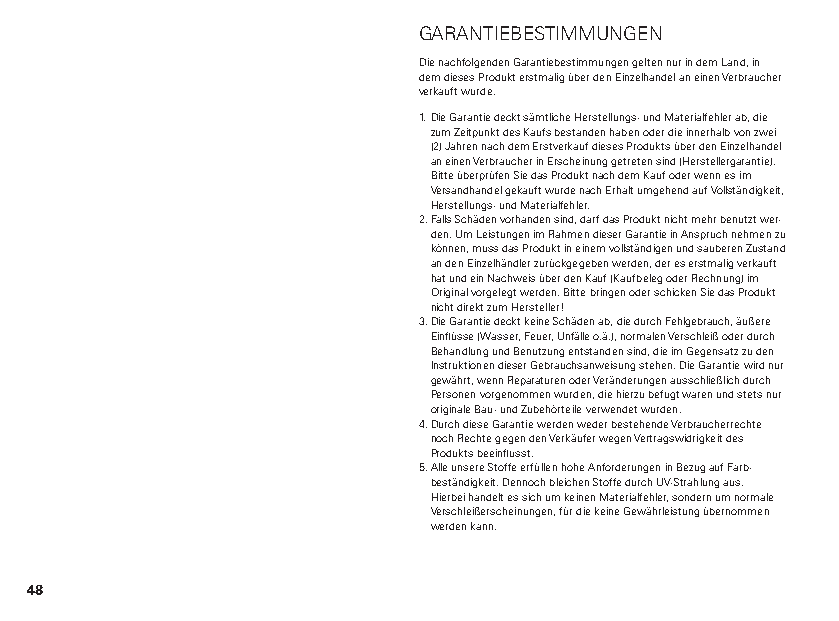
GARANTIEBESTIMMUNGEN
 Die nachfolgenden Garantiebestimmungen gelten nur in dem Land, in
 dem dieses Produkt erstmalig über den Einzelhandel an einen Verbraucher
 verkauft wurde.
 1. Die Garantie deckt sämtliche Herstellungs- und Materialfehler ab, die
 zum Zeitpunkt des Kaufs bestanden haben oder die innerhalb von zwei
 (2) Jahren nach dem Erstverkauf dieses Produkts über den Einzelhandel
 an einen Verbraucher in Erscheinung getreten sind (Herstellergarantie).
 Bitte überprüfen Sie das Produkt nach dem Kauf oder wenn es im
 Versandhandel gekauft wurde nach Erhalt umgehend auf Vollständigkeit,
 Herstellungs- und Materialfehler.
 2. Falls Schäden vorhanden sind, darf das Produkt nicht mehr benutzt wer-
 den. Um Leistungen im Rahmen dieser Garantie in Anspruch nehmen zu
 können, muss das Produkt in einem vollständigen und sauberen Zustand
 an den Einzelhändler zurückgegeben werden, der es erstmalig verkauft
 hat und ein Nachweis über den Kauf (Kaufbeleg oder Rechnung) im
 Original vorgelegt werden. Bitte bringen oder schicken Sie das Produkt
 nicht direkt zum Hersteller!
 3. Die Garantie deckt keine Schäden ab, die durch Fehlgebrauch, äußere
 Einflüsse (Wasser, Feuer, Unfälle o.ä.), normalen Verschleiß oder durch
 Behandlung und Benutzung entstanden sind, die im Gegensatz zu den
 Instruktionen dieser Gebrauchsanweisung stehen. Die Garantie wird nur
 gewährt, wenn Reparaturen oder Veränderungen ausschließlich durch
 Personen vorgenommen wurden, die hierzu befugt waren und stets nur
 originale Bau- und Zubehörteile verwendet wurden.
 4. Durch diese Garantie werden weder bestehende Verbraucherrechte
 noch Rechte gegen den Verkäufer wegen Vertragswidrigkeit des
 Produkts beeinflusst.
 5. Alle unsere Stoffe erfüllen hohe Anforderungen in Bezug auf Farb-
 beständigkeit. Dennoch bleichen Stoffe durch UV-Strahlung aus.
 Hierbei handelt es sich um keinen Materialfehler, sondern um normale
 Verschleißerscheinungen, für die keine Gewährleistung übernommen
 werden kann.
 48